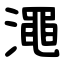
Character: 澠